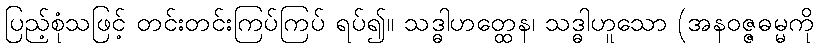
ပြည့်စုံသဖြင့် တင်းတင်းကြပ်ကြပ် ရပ်၍။ သဒ္ဓါဟတ္ထေန၊ သဒ္ဓါဟူသော (အနဝဇ္ဇဓမ္မကို